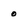
Character: o